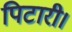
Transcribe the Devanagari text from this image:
पिटारी।